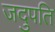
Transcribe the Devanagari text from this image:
जदुपति